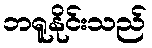
ဘရူနိုင်းသည်